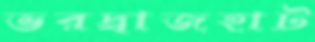
ভরদ্বাজহাট